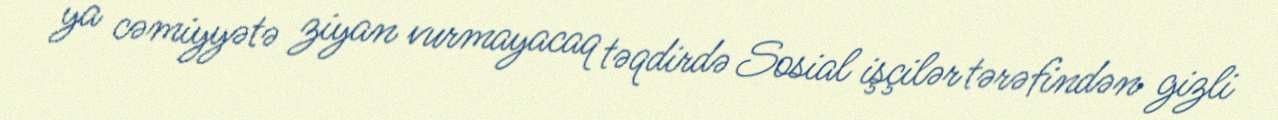
ya cəmiyyətə ziyan vurmayacaq təqdirdə Sosial işçilər tərəfindən gizli